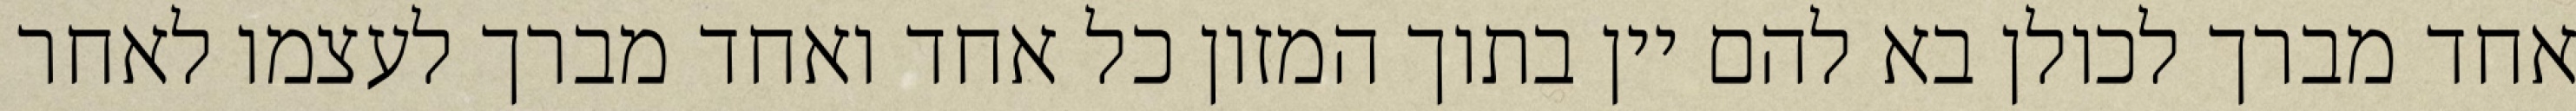
אחד מברך לכולן בא להם יין בתוך המזון כל אחד ואחד מברך לעצמו לאחר